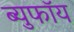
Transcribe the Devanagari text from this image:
ब्युफॉय